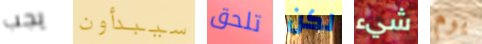
يجب سيبدأون تلحق لكن شيء يوم